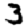
Digit: 3